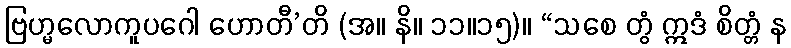
ဗြဟ္မလောကူပဂေါ ဟောတီ’တိ (အ။ နိ။ ၁၁။၁၅)။ “သစေ တွံ ဣဒံ စိတ္တံ န